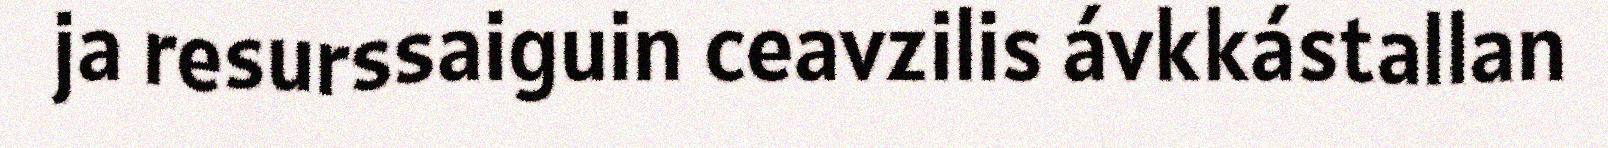
ja resurssaiguin ceavzilis ávkkástallan